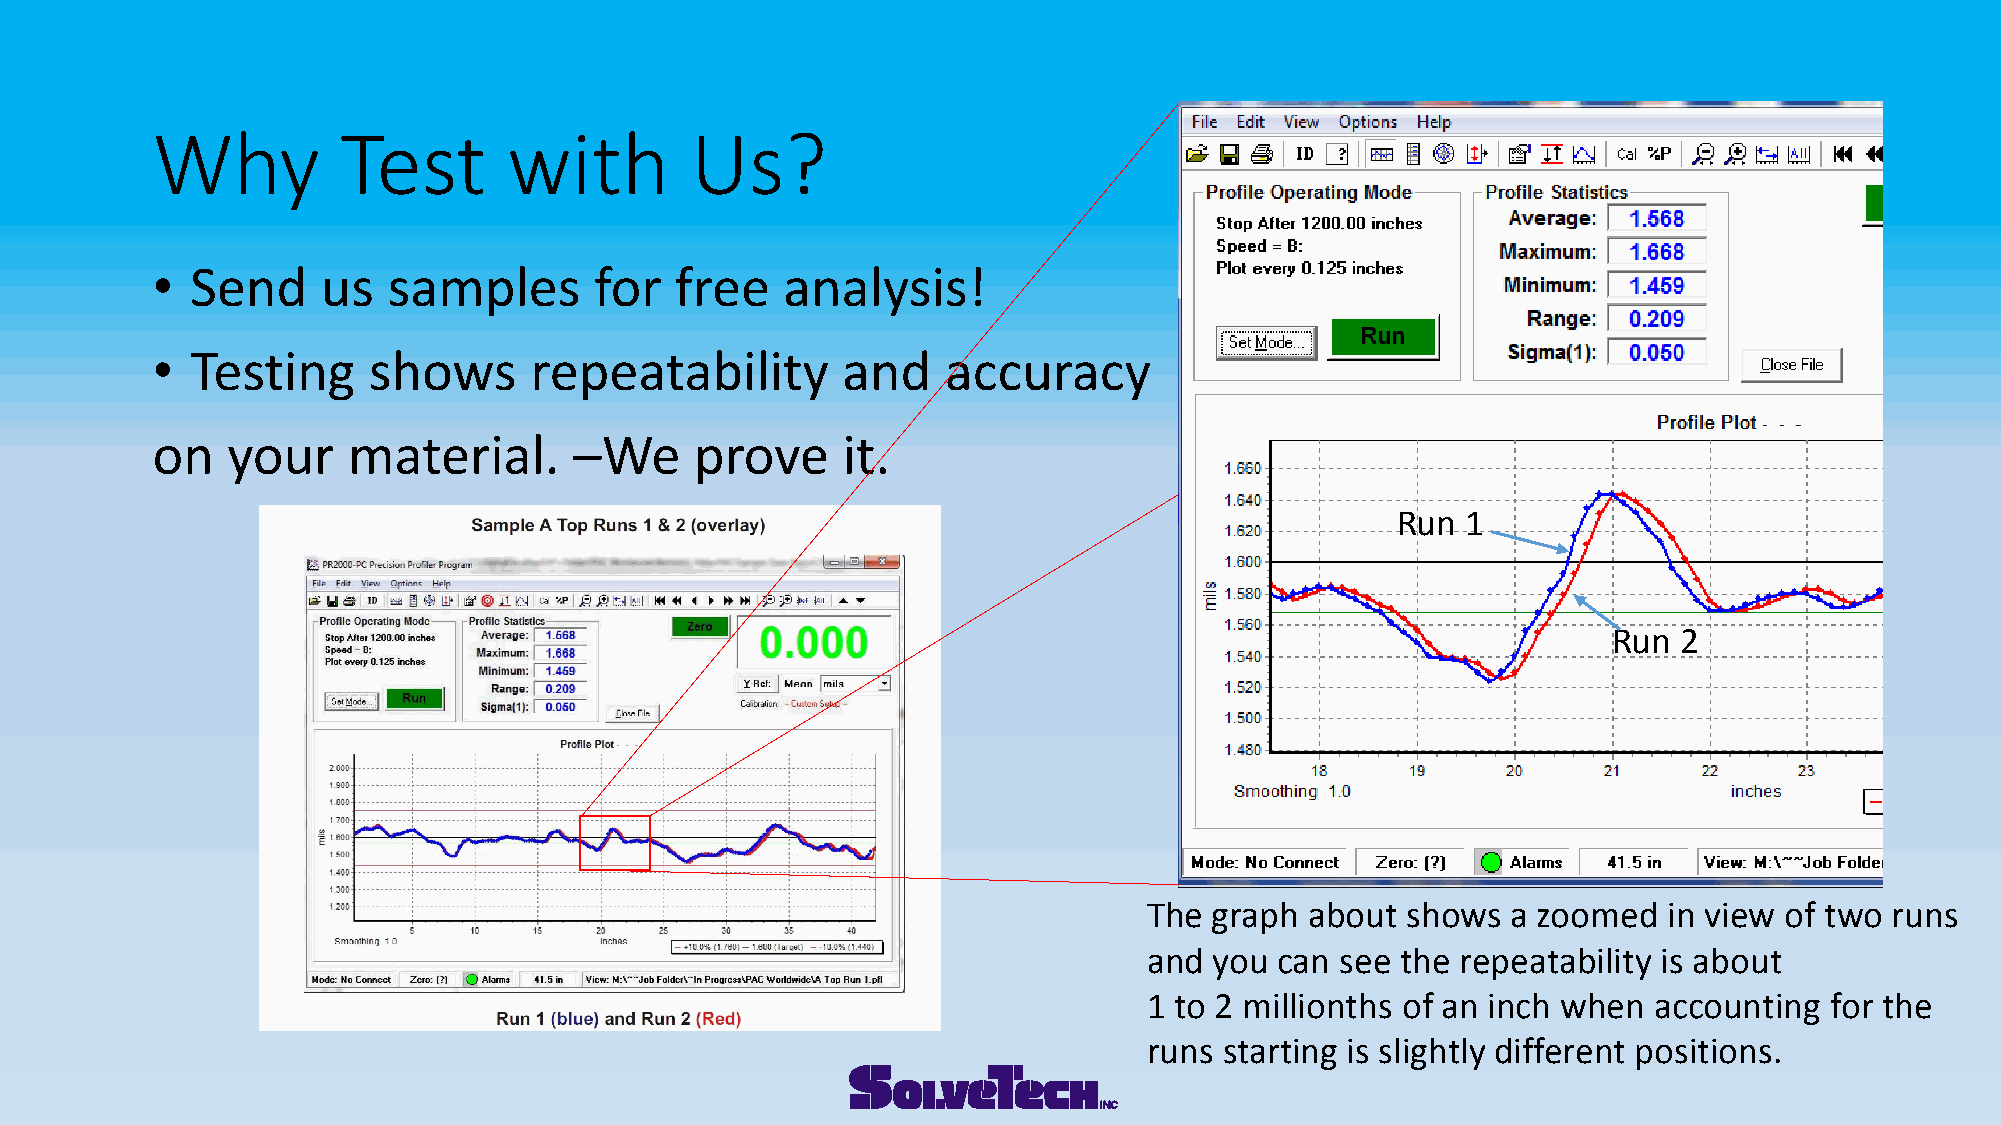
Why          Test       with        Us?
 •  Send    us   samples      for   free   analysis!
 •  Testing    shows      repeatability        and    accuracy
 on   your    material.      –We     prove     it.
 Run  1
 Run 2
 The graph  about shows  a zoomed  in view of two runs
 and you  can see the repeatability is about
 1 to 2 millionths of an inch when accounting for the
 runs starting is slightly different positions.